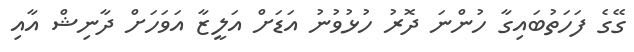
ގޭގެ ފަހަތުބައިގާ ހުންނަ ދޮރު ހުޅުވުނު އަޑަށް އަލީޒާ އަވަހަށް ދާނިޝް އާއި